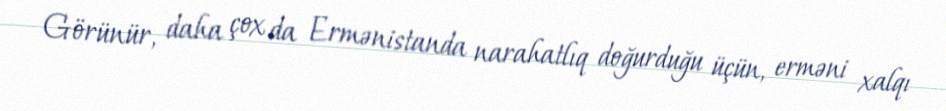
Görünür, daha çox da Ermənistanda narahatlıq doğurduğu üçün, erməni xalqı